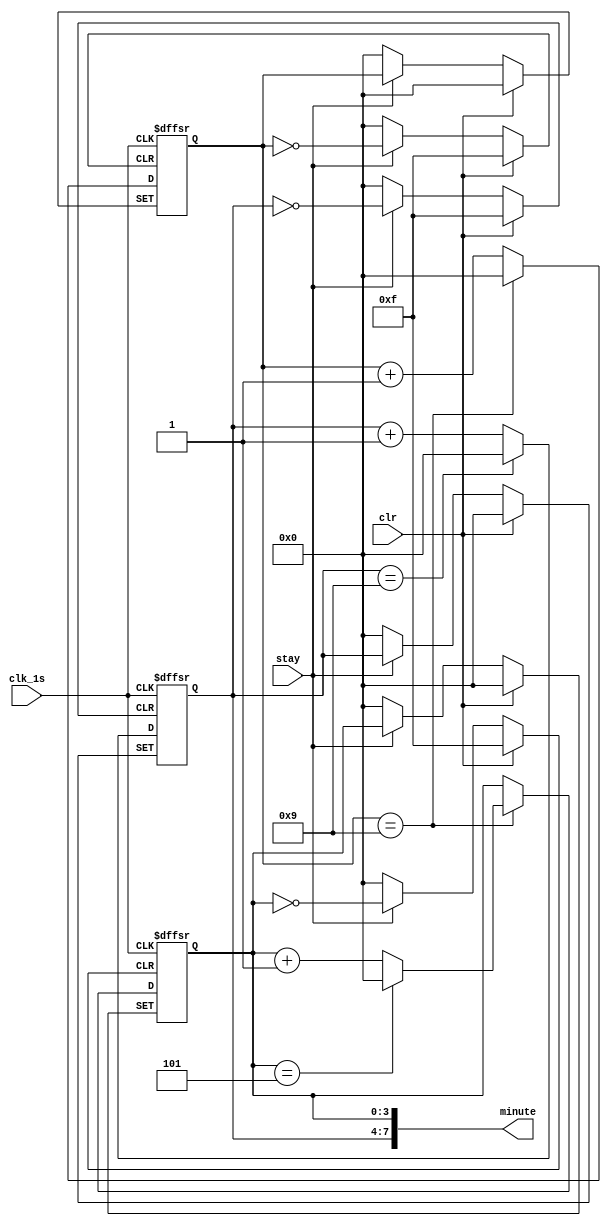
`timescale 1ns / 1ps
//////////////////////////////////////////////////////////////////////////////////
// Company: 
// Engineer: 
// 
// Design Name: 
// Module Name:    second 
// Project Name: 
// Target Devices: 
// Tool versions: 
// Description: 
//
// Dependencies: 
//
// Revision: 
// Revision 0.01 - File Created
// Additional Comments: 
//
//////////////////////////////////////////////////////////////////////////////////
module second(clk_1s,clr,stay,minute);
input clk_1s,clr,stay;
reg[3:0] qa=4'b0000;
reg[3:0] qb=4'b0000;
reg [3:0] cnt=4'b0000;
output [7:0] minute;
assign minute={qa,qb};
always @ (posedge clk_1s,posedge clr,posedge stay)
begin 
if(clr) qa<=0;
else if (stay) qa<=qa;
else if (qa==4'b1001) qa<=0;
else qa<=qa+1;
end
always@(posedge clk_1s,posedge clr,posedge stay)
begin 
if(clr) begin cnt<=0;qb<=0; end
else if(stay)begin cnt<=cnt;qb<=qb;end 
else if(cnt==4'b1001) begin
	cnt<=4'b0;
	if(qb==4'b0101)
		 qb<=0;
	else qb<=qb+1;
	end
else cnt<=cnt+1;
end
endmodule